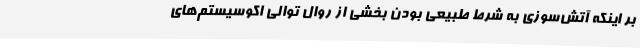
بر اینکه آتش‌سوزی به شرط طبیعی بودن بخشی از روال توالی اکوسیستم‌های